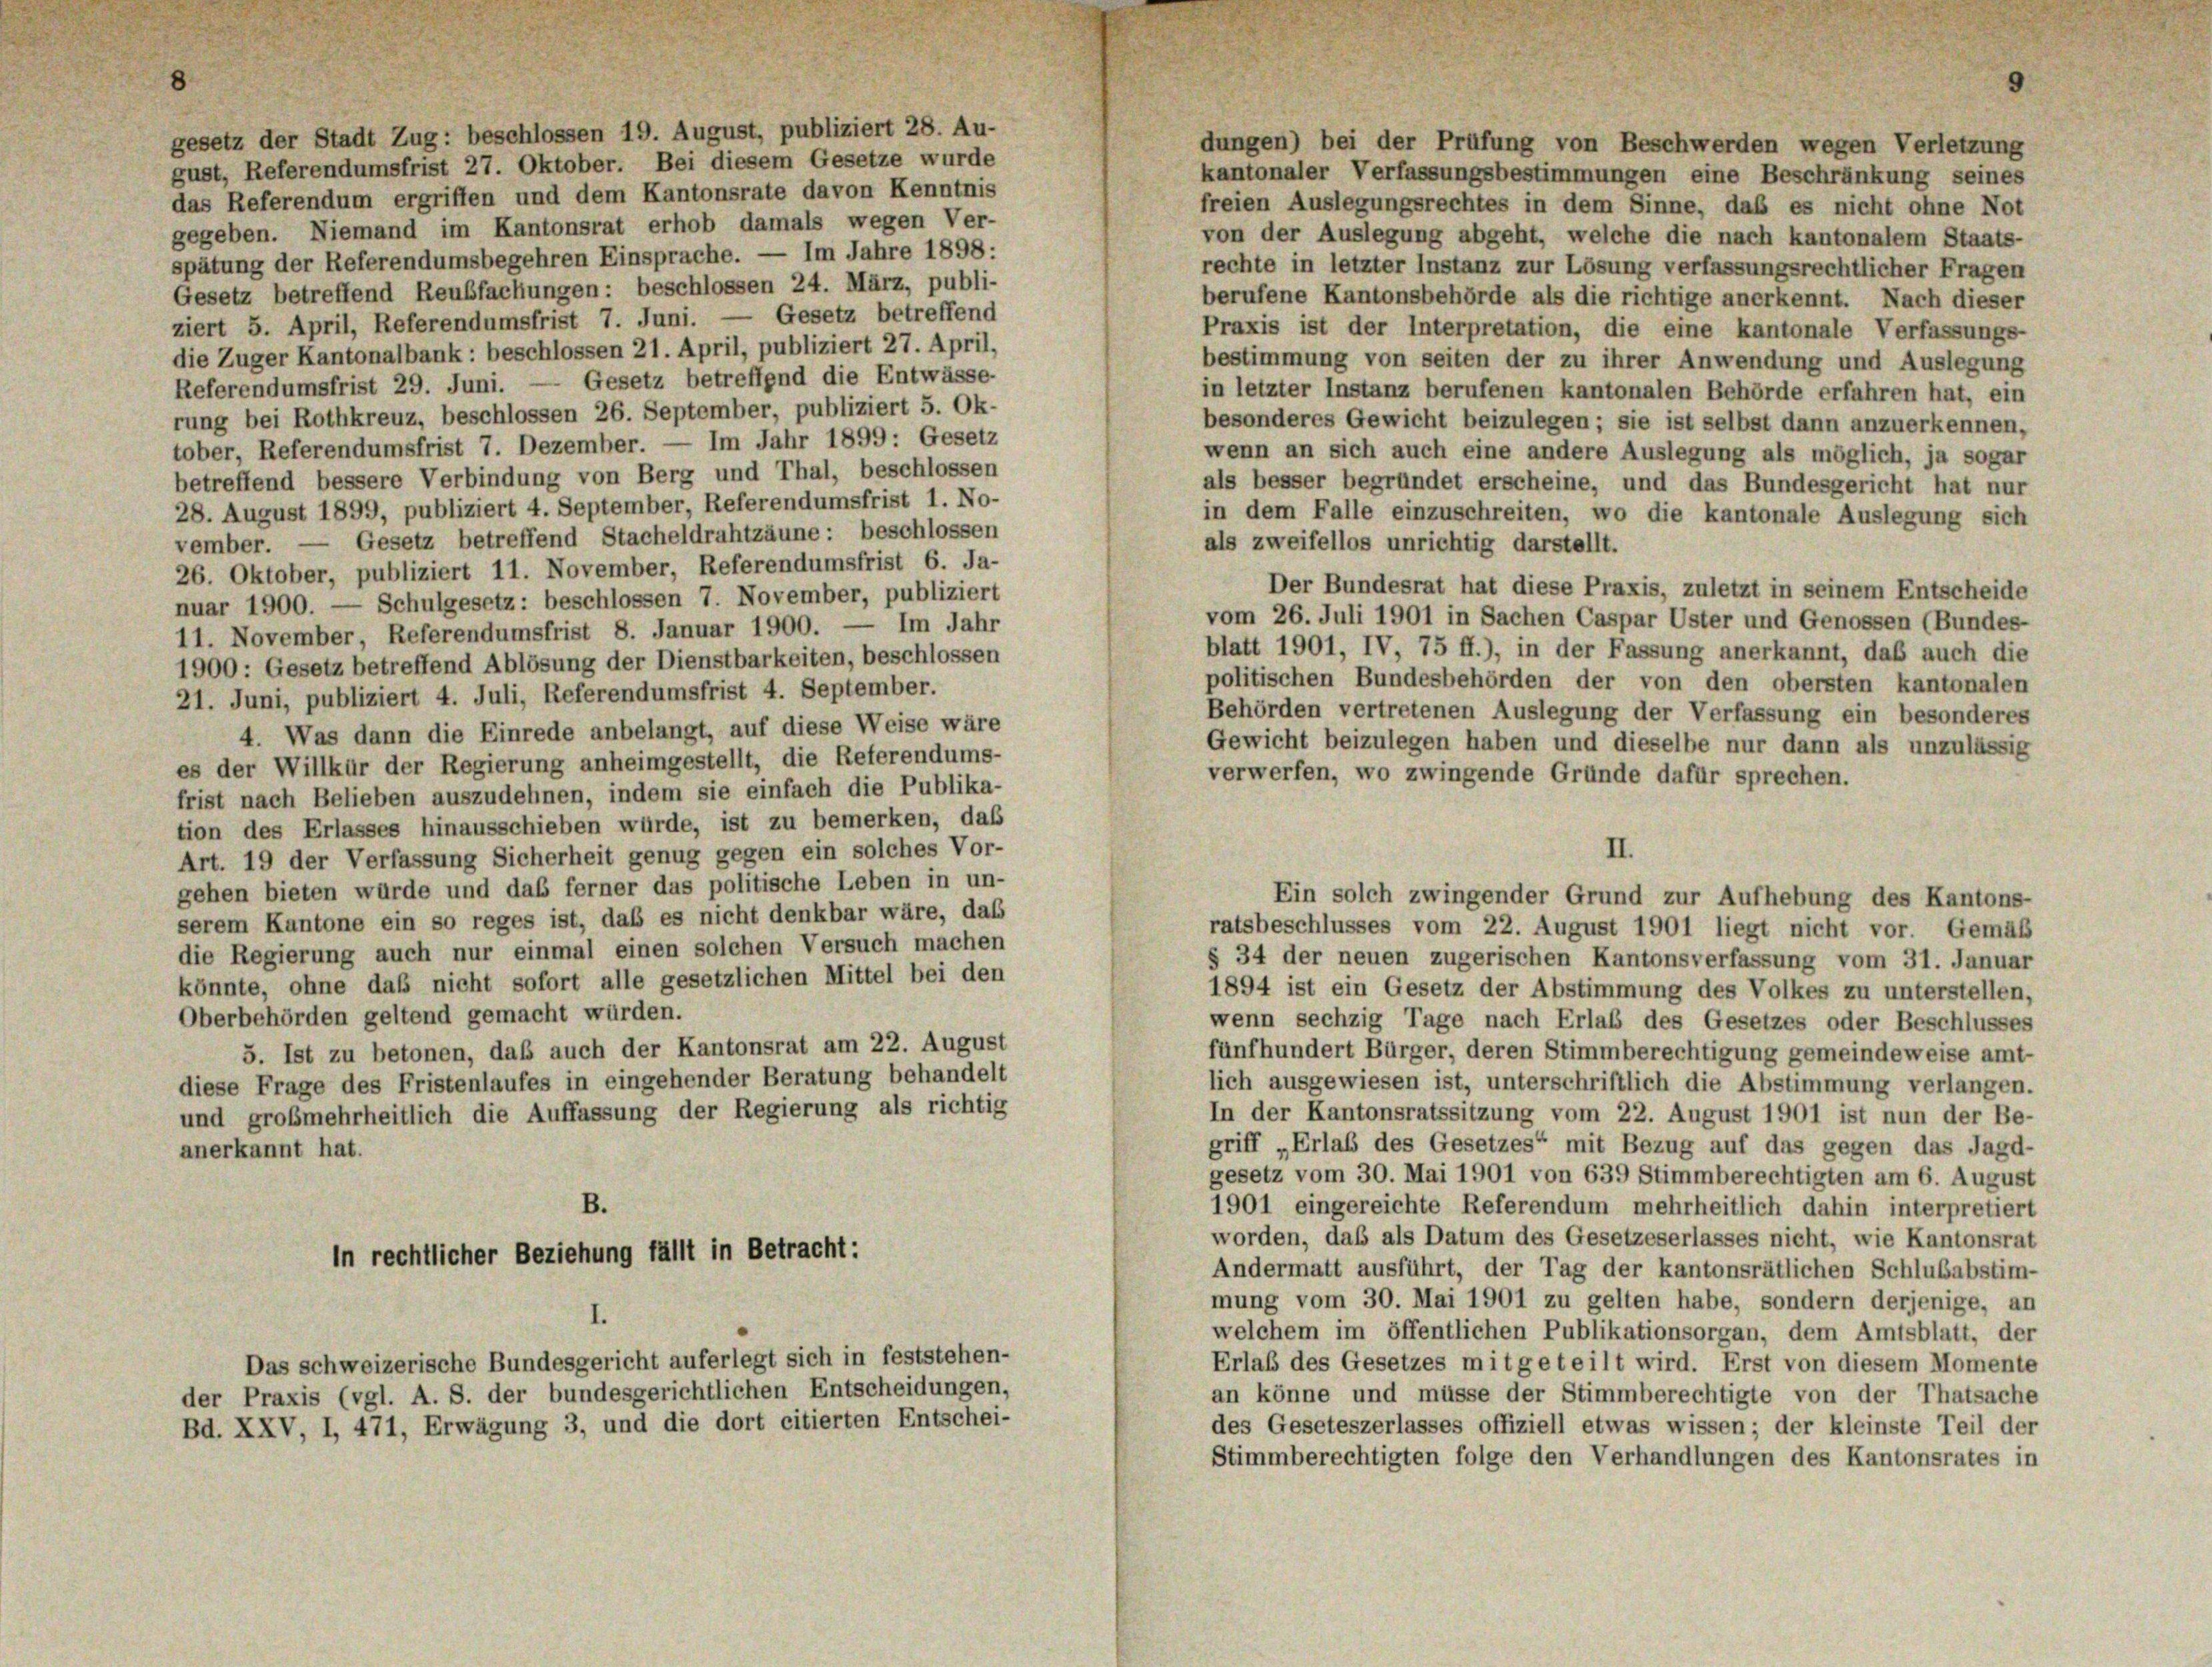
gesetz der Stadt Zug: beschlossen 19. August, publiziert 28. Au-
dungen) bei der Prüfung von Beschwerden wegen Verletzung
gust, Referendumsfrist 27. Oktober. Bei diesem Gesetze wurde
kantonaler Verfassungsbestimmungen eine Beschränkung seines
das Referendum ergriffen und dem Kantonsrate davon Kenntnis
freien Auslegungsrechtes in dem Sinne, daß es nicht ohne Not
gegeben. Niemand im Kantonsrat erhob damals wegen Ver-
von der Auslegung abgeht, welche die nach kantonalem Staats-
spätung der Referendumsbegehren Einsprache. — Im Jahre 1898:
rechte in letzter Instanz zur Lösung verfassungsrechtlicher Fragen
Gesetz betreffend Reubfachungen: beschlossen 24. März, publi-
berufene Kantonsbehörde als die richtige anerkennt. Nach dieser
ziert 5. April, Referendumsfrist 7. Juni. — Gesetz betreffend
Praxis ist der Interpretation, die eine kantonale Verfassungs-
die Zuger Kantonalbank: beschlossen 21. April, publiziert 27. April,
bestimmung von seiten der zu ihrer Anwendung und Auslegung
Referendumsfrist 29. Juni. — Gesetz betreffend die Entwässe-
in letzter Instanz berufenen kantonalen Behörde erfahren hat, ein
rung bei Rothkreuz, beschlossen 26. September, publiziert 5. Ok-
besonderes Gewicht beizulegen; sie ist selbst dann anzuerkennen,
tober, Referendumsfrist 7. Dezember. — Im Jahr 1899: Gesetz
wenn an sich auch eine andere Auslegung als möglich, ja sogar
betreffend bessere Verbindung von Berg und Thal, beschlossen
als besser begründet erscheine, und das Bundesgericht hat nur
28. August 1899, publiziert 4. September, Referendumsfrist 1. No-
in dem Falle einzuschreiten, wo die kantonale Auslegung sich
vember. — Gesetz betreffend Stacheldrahtzäune: beschlossen
als zweifellos unrichtig darstellt.
26. Oktober, publiziert 11. November, Referendumsfrist 6. Ja-
Der Bundesrat hat diese Praxis, zuletzt in seinem Entscheide
nuar 1900. — Schulgesetz: beschlossen 7. November, publiziert
vom 26. Juli 1901 in Sachen Caspar Uster und Genossen (Bundes-
11. November, Referendumsfrist 8. Januar 1900. — Im Jahr
blatt 1901, IV, 75 ff.), in der Fassung anerkannt, daß auch die
1900 : Gesetz betreffend Ablösung der Dienstbarkeiten, beschlossen
politischen Bundesbehörden der von den obersten kantonalen
21. Juni, publiziert 4. Juli, Referendumsfrist 4. September.
Behörden vertretenen Auslegung der Verfassung ein besonderes
4. Was dann die Einrede anbelangt, auf diese Weise wäre
Gewicht beizulegen haben und dieselbe nur dann als unzulässig
es der Willkür der Regierung anheimgestellt, die Referendums-
verwerfen, wo zwingende Gründe dafür sprechen.
frist nach Belieben auszudehnen, indem sie einfach die Publika-
tion des Erlasses hinausschieben würde, ist zu bemerken, daß
II.
Art. 19 der Verfassung Sicherheit genug gegen ein solches Vor-
gehen bieten würde und das ferner das politische Leben in un-
Ein solch zwingender Grund zur Aufhebung des Kantons-
serem Kantone ein so reges ist, daß es nicht denkbar wäre, das
ratsbeschlusses vom 22. August 1901 liegt nicht vor. Gemäß
die Regierung auch nur einmal einen solchen Versuch machen
§ 34 der neuen zugerischen Kantonsverfassung vom 31. Januar
könnte, ohne das nicht sofort alle gesetzlichen Mittel bei den
1894 ist ein Gesetz der Abstimmung des Volkes zu unterstellen,
Oberbehörden geltend gemacht würden.
wenn sechzig Tage nach Erlaß des Gesetzes oder Beschlusses
5. Ist zu betonen, daß auch der Kantonsrat am 22. August
fünfhundert Bürger, deren Stimmberechtigung gemeindeweise amt
diese Frage des Fristenlaufes in eingehender Beratung behandelt
lich ausgewiesen ist, unterschriftlich die Abstimmung verlangen.
und großmehrheitlich die Auffassung der Regierung als richtig
In der Kantonsratssitzung vom 22. August 1901 ist nun der Be-
griff „Erlab des Gesetzes“ mit Bezug auf das gegen das Jagd-
anerkannt hat.
gesetz vom 30. Mai 1901 von 639 Stimmberechtigten am 6. August
B.
1901 eingereichte Referendum mehrheitlich dahin interpretiert
worden, das als Datum des Gesetzeserlasses nicht, wie Kantonsrat
in rechtlicher Beziehung fällt in Betracht:
Andermatt ausführt, der Tag der kantonsrätlichen Schlußabstim-
mung vom 30. Mai 1901 zu gelten habe, sondern derjenige, an
welchem im öffentlichen Publikationsorgan, dem Amtsblatt, der
Das schweizerische Bundesgericht auferlegt sich in feststehen-
Erlaß des Gesetzes mitgeteilt wird. Erst von diesem Momente
der Praxis (vgl. A. S. der bundesgerichtlichen Entscheidungen,
an könne und müsse der Stimmberechtigte von der Thatsache
Bd. XXV, I, 471, Erwägung 3, und die dort citierten Entschei-
des Geseteszerlasses offiziell etwas wissen; der kleinste Teil der
Stimmberechtigten folge den Verhandlungen des Kantonsrates in